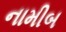
નામીબ